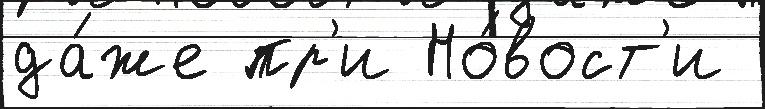
да́же пр'и Но́вост'и